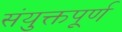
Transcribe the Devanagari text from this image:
संयुक्तपूर्ण